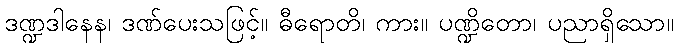
ဒဏ္ဍဒါနေန၊ ဒဏ်ပေးသဖြင့်။ ဓီရောတိ၊ ကား။ ပဏ္ဍိတော၊ ပညာရှိသော။